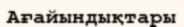
Ағайындықтары